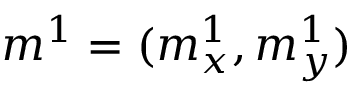
m ^ { 1 } = ( m _ { x } ^ { 1 } , m _ { y } ^ { 1 } )